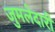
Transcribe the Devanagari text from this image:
जुमलेदारी